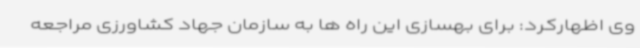
وی اظهارکرد: برای بهسازی این راه ها به سازمان جهاد کشاورزی مراجعه